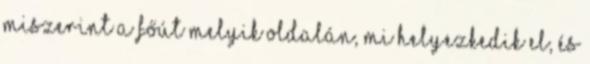
miszerint a főút melyik oldalán, mi helyezkedik el, és